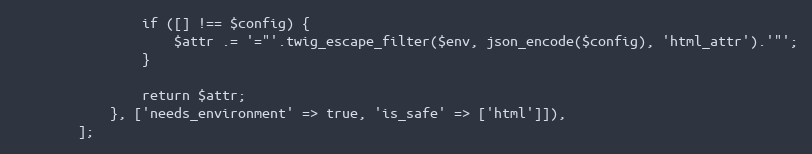
Language: PHP
                if ([] !== $config) {
                    $attr .= '="'.twig_escape_filter($env, json_encode($config), 'html_attr').'"';
                }

                return $attr;
            }, ['needs_environment' => true, 'is_safe' => ['html']]),
        ];